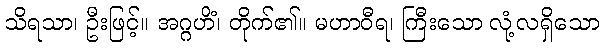
သိရသာ၊ ဦးဖြင့်။ အဂ္ဂဟိံ၊ တိုက်၏။ မဟာဝီရ၊ ကြီးသော လုံ့လရှိသော